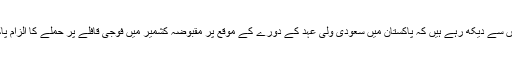
بھارت کے لوگ خود اس بات پر اپنی حکومت کو مشکوک نظروں سے دیکھ رہے ہیں کہ پاکستان میں سعودی ولی عہد کے دورے کے موقع پر مقبوضہ کشمیر میں فوجی قافلے پر حملے کا الزام پاکستان پر لگا کر بھارتی حکومت دنیا کو کیا پیغام دینا چاہتی ہے؟